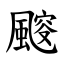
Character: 䬒